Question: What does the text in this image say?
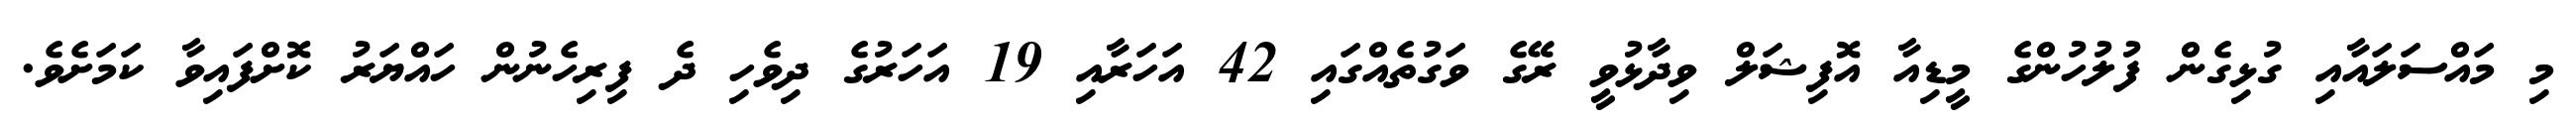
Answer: މި މައްސަލައާއި ގުޅިގެން ފުލުހުންގެ މީޑިއާ އޮފިޝަލް ވިދާޅުވީ ރޭގެ ވަގުތެއްގައި 42 އަހަރާއި 19 އަހަރުގެ ދިވެހި ދެ ފިރިހެނުން ހައްޔަރު ކޮށްފައިވާ ކަމަށެވެ.